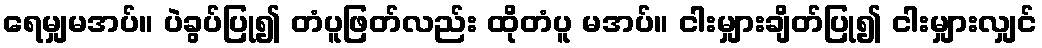
ရေမျှမအပ်။ ပဲခွပ်ပြု၍ တံပူဖြတ်လည်း ထိုတံပူ မအပ်။ ငါးမျှားချိတ်ပြု၍ ငါးမျှားလျှင်